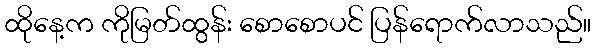
ထိုနေ့က ကိုမြတ်ထွန်း စောစောပင် ပြန်ရောက်လာသည်။